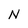
Character: N